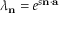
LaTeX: \lambda _ { \mathbf { n } } = e ^ { s \mathbf { n } \cdot \mathbf { a } }